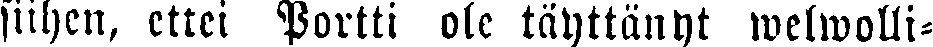
siihen, ettei Portti ole täyttänyt welwolli-